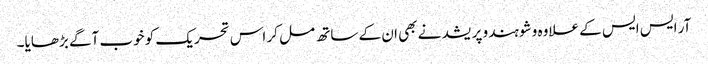
آر ایس ایس کے علاوہ وشو ہندو پریشد نے بھی ان کے ساتھ مل کر اس تحریک کو خوب آگے بڑھایا۔